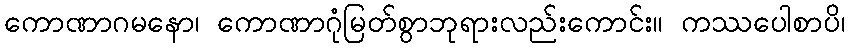
ကောဏာဂမနော၊ ကောဏာဂုံမြတ်စွာဘုရားလည်းကောင်း။ ကဿပေါစာပိ၊